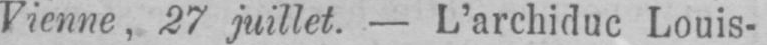
Vienne, 27 juillet. - L’archiduc Louis-